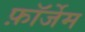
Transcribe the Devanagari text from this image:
फ़ॉर्जेम